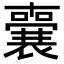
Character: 𭌌